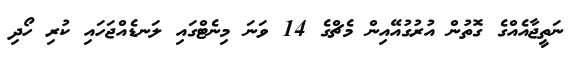
ނަތީޖާއެއްގެ ގޮތުން އުރުގުއޭއިން މެޗްގެ 14 ވަނަ މިނެޓްގައި ލަނޑެއްޖަހައި ކުރި ހޯދި